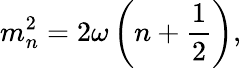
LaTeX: m_{n}^{2}=2\omega\left(n+\frac{1}{2}\right),